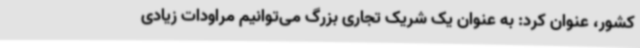
کشور، عنوان کرد: به عنوان یک شریک تجاری بزرگ می‌توانیم مراودات زیادی